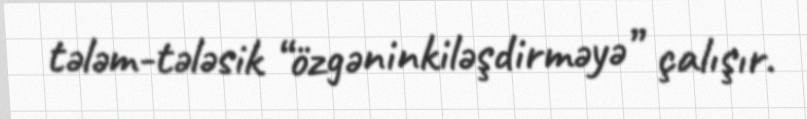
tələm-tələsik “özgəninkiləşdirməyə” çalışır.